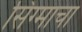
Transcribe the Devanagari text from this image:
सिग्माचा